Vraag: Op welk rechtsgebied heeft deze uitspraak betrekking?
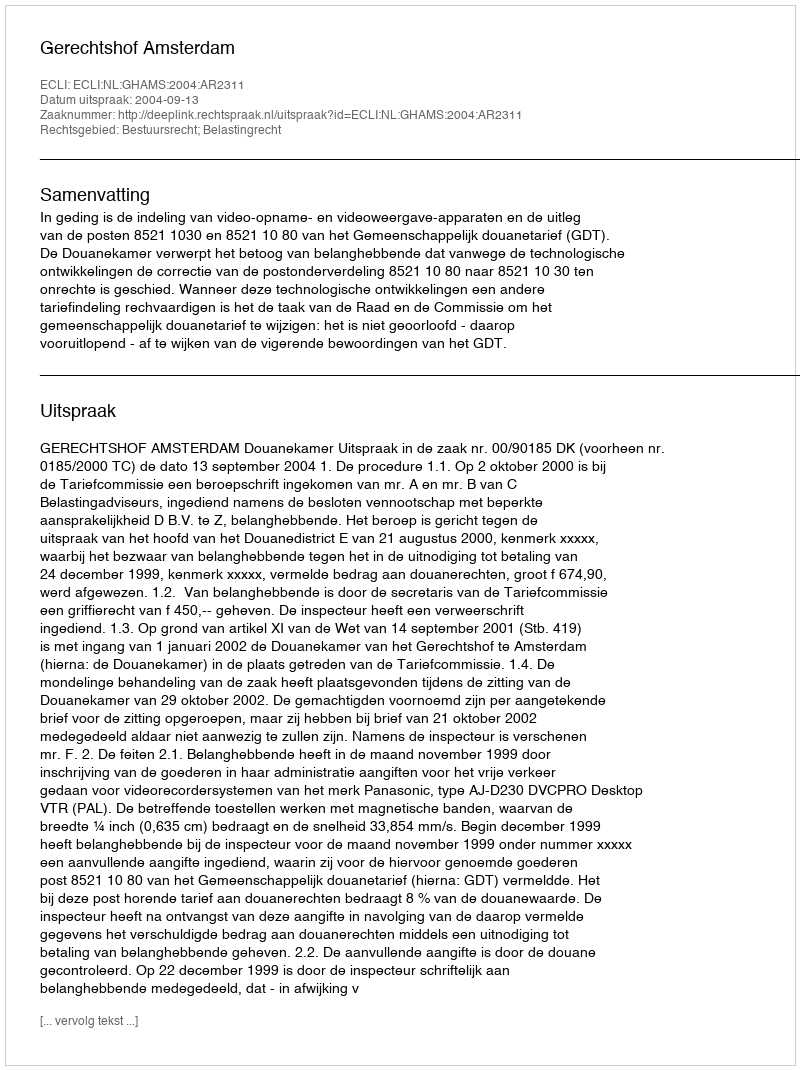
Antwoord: Bestuursrecht; Belastingrecht